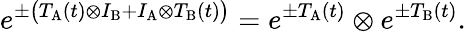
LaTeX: e^{\pm\big(T_{\mathrm{A}}(t)\otimes I_{\mathrm{B}}+I_{\mathrm{A}}\otimes T_{\mathrm{B}}(t)\big)}=e^{\pm T_{\mathrm{A}}(t)}\otimes e^{\pm T_{\mathrm{B}}(t)}.